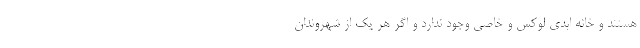
هستند و خانه ابدی لوکس و خاصی وجود ندارد و اگر هر یک از شهروندان